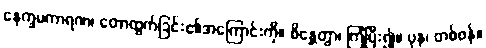
နေက္ခမကာရဏ၊ တောထွက်ခြင်း၏အကြောင်းကို။ စိန္တေတွာ၊ ကြံပြီး၍။ ပုန၊ တစ်ဖန်။